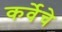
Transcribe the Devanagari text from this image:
कर्वेचे